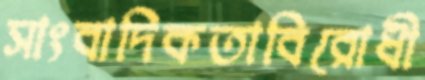
সাংবাদিকতাবিরোধী